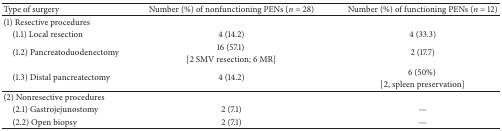
<table><thead><tr><td><b>Type of surgery</b></td><td><b>Number (%) of nonfunctioning PENs (<i>n</i> = 28)</b></td><td><b>Number (%) of functioning PENs (<i>n</i> = 12)</b></td></tr></thead><tbody><tr><td>(1) Resective procedures</td><td> </td><td> </td></tr><tr><td> (1.1) Local resection</td><td>4 (14.2)</td><td>4 (33.3)</td></tr><tr><td rowspan="2"> (1.2) Pancreatoduodenectomy</td><td>16 (57.1) </td><td rowspan="2">2 (17.7)</td></tr><tr><td>[2 SMV resection; 6 MR]</td></tr><tr><td rowspan="2"> (1.3) Distal pancreatectomy</td><td rowspan="2">4 (14.2)</td><td>6 (50%) </td></tr><tr><td>[2, spleen preservation]</td></tr><tr><td>(2) Nonresective procedures</td><td> </td><td> </td></tr><tr><td> (2.1) Gastrojejunostomy</td><td>2 (7.1)</td><td>—</td></tr><tr><td> (2.2) Open biopsy</td><td>2 (7.1)</td><td>—</td></tr></tbody></table>